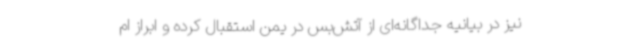
نیز در بیانیه جداگانه‌ای از آتش‌بس در یمن استقبال کرده و ابراز ام